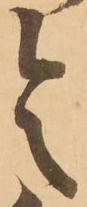
令